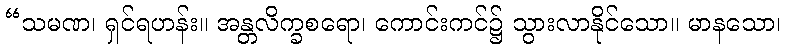
“သမဏ၊ ရှင်ရဟန်း။ အန္တလိက္ခစရော၊ ကောင်းကင်၌ သွားလာနိုင်သော။ မာနသော၊